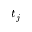
t _ { j }